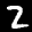
Label: 2